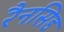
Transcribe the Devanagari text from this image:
रैनसिड